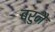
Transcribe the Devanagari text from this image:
ब्रुनै